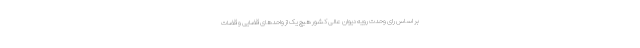
بر اساس رای وحدت رویه دیوان عالی کشور هیچ یک از واحدهای قضایی و قضات